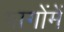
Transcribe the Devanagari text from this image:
भागोंमें